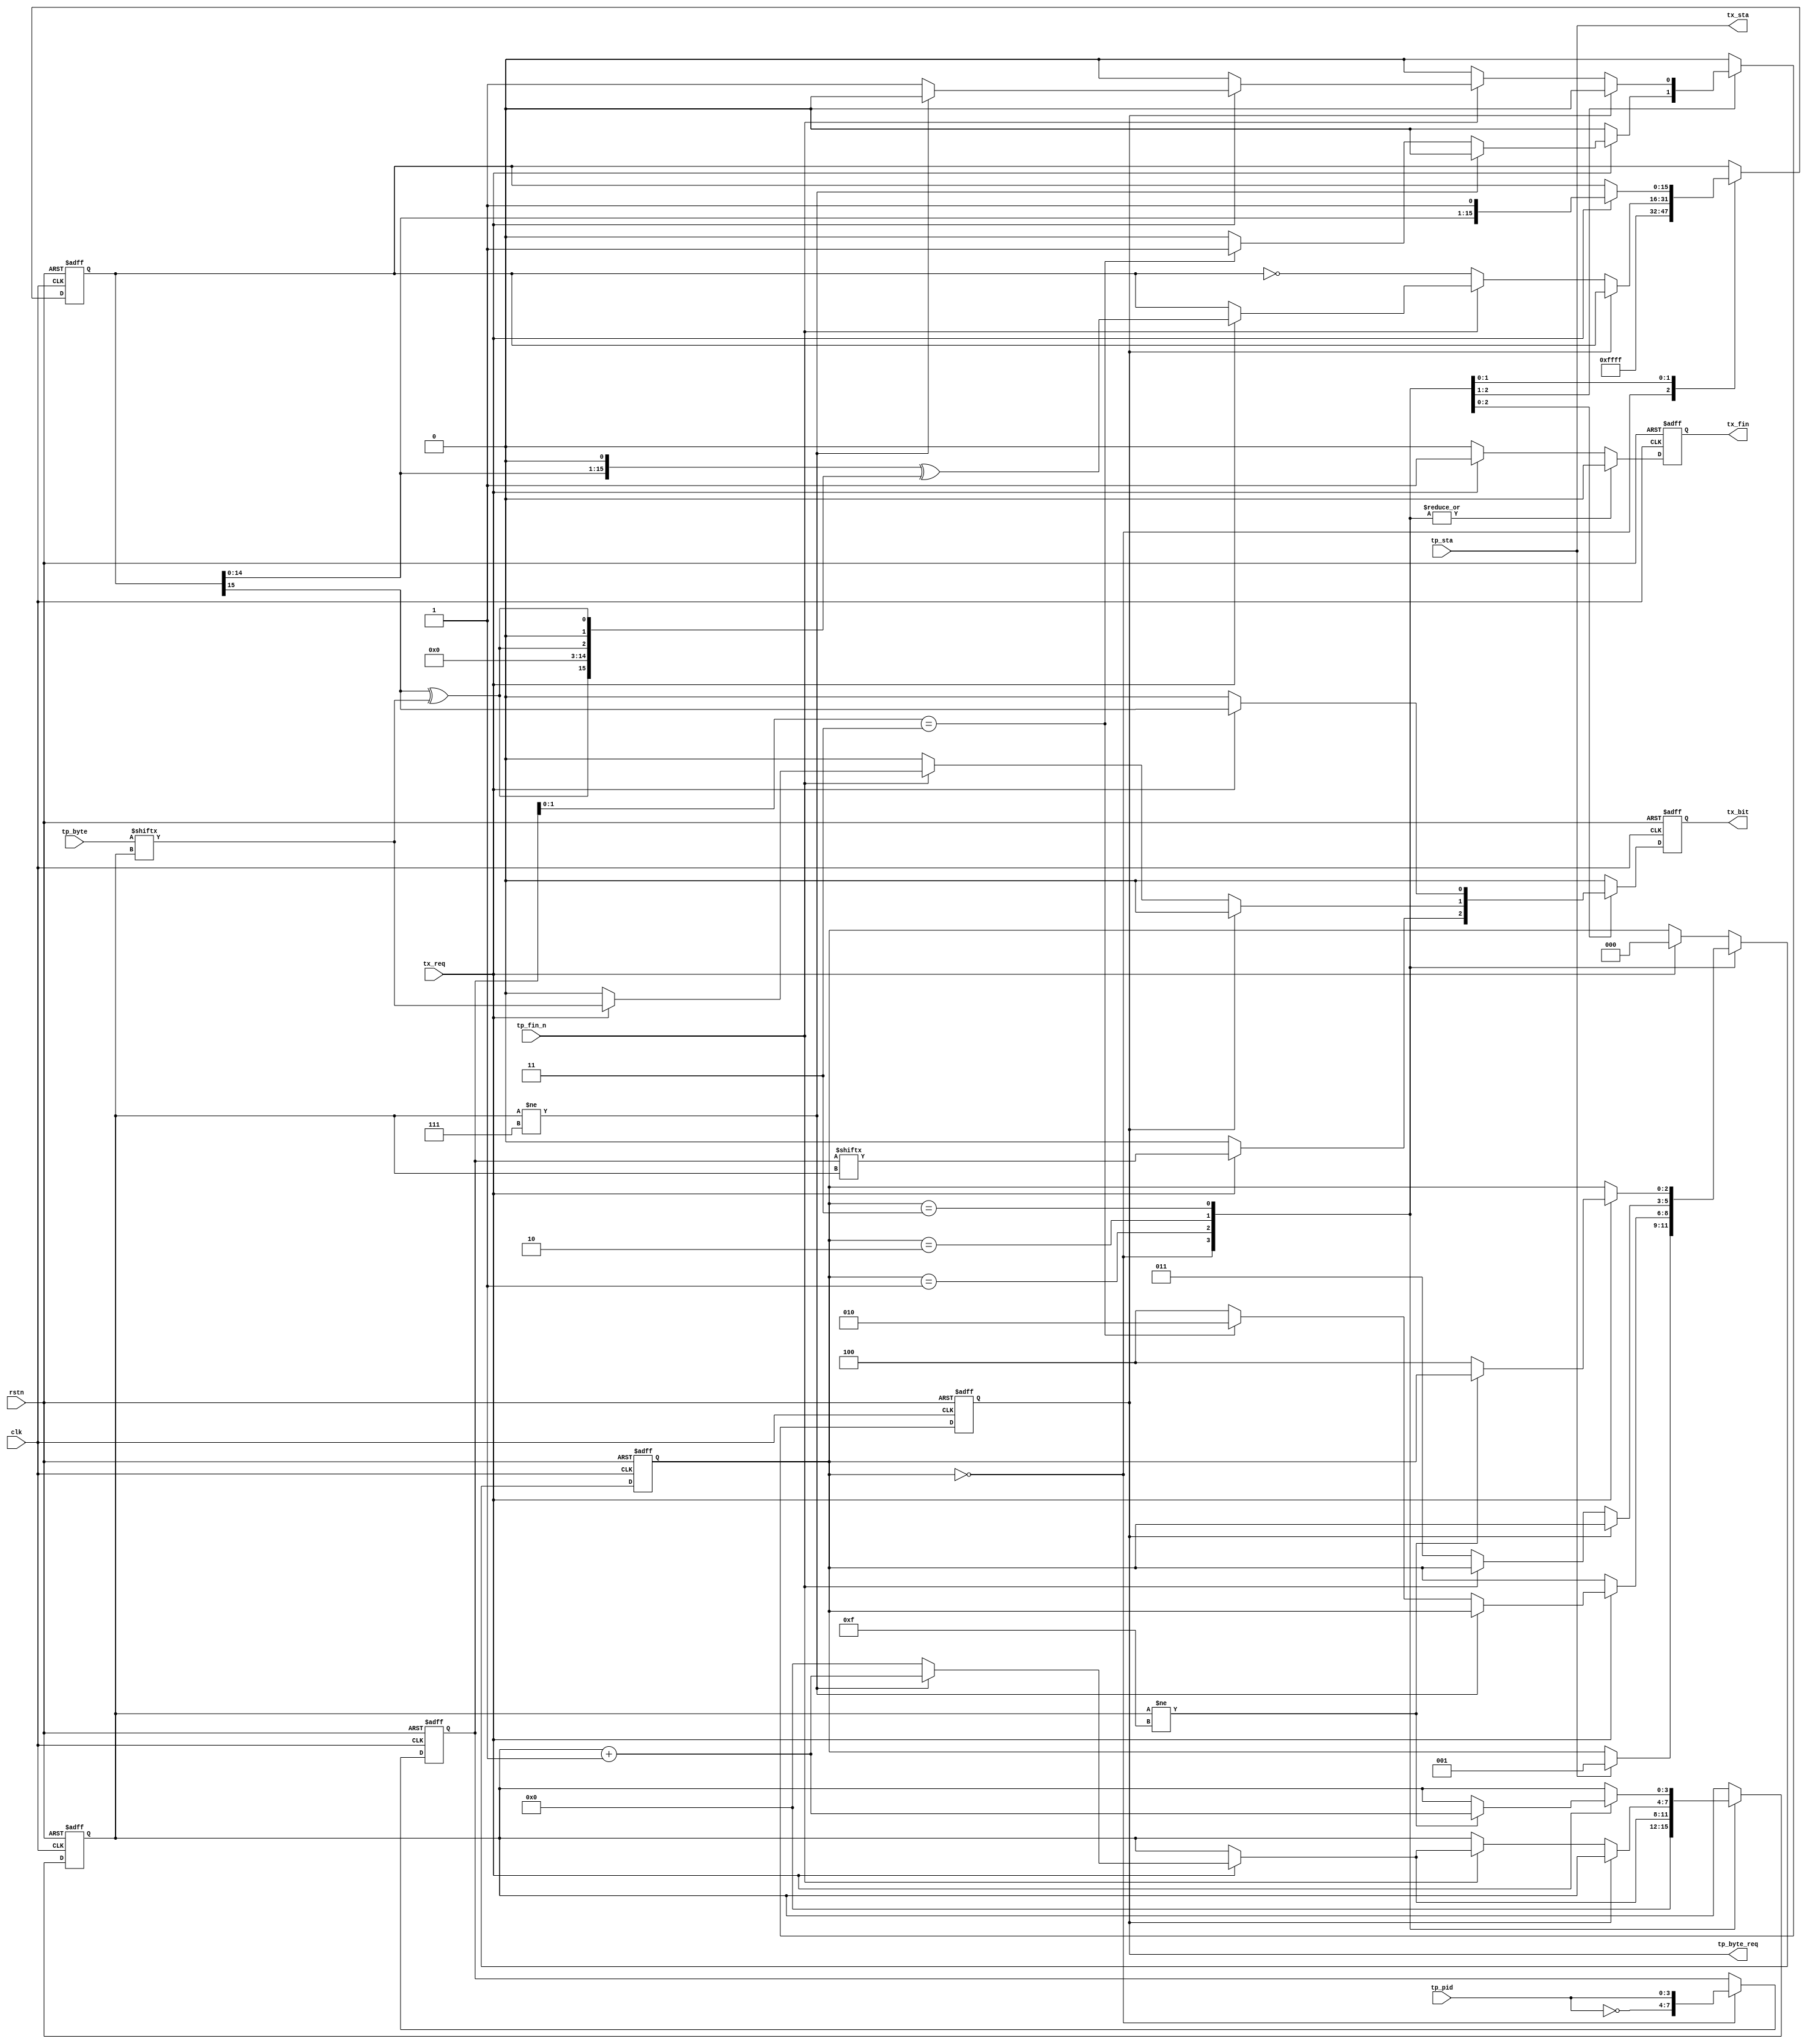
// This program was cloned from: https://github.com/WangXuan95/FPGA-USB-Device
// License: GNU General Public License v3.0


//--------------------------------------------------------------------------------------------------------
// Module  : usbfs_packet_tx
// Type    : synthesizable, IP's sub module
// Standard: Verilog 2001 (IEEE1364-2001)
// Function: USB Full Speed (12Mbps) device packet sender
//           pack PID, ADDR, data bytes, and CRC5 or CRC16 to TX packet
//--------------------------------------------------------------------------------------------------------

module usbfs_packet_tx (
    input  wire        rstn,
    input  wire        clk,
    // TX packet-level interface (device NEVER send token and special packet)
    input  wire        tp_sta,
    input  wire [ 3:0] tp_pid,         // must valid when and after tp_sta=1
    output reg         tp_byte_req,    // send byte request
    input  wire [ 7:0] tp_byte,        // must be valid at the cycle after tp_byte_req=1
    input  wire        tp_fin_n,
    // TX bit-level signals
    output wire        tx_sta,
    input  wire        tx_req,
    output reg         tx_bit,
    output reg         tx_fin
);



initial tp_byte_req = 1'b0;
initial tx_bit      = 1'b0;
initial tx_fin      = 1'b0;


function  [15:0] CRC16;
    input [15:0] crc;
    input        inbit;
    reg          xorbit;
begin
    xorbit = crc[15] ^ inbit;
    CRC16  = {crc[14:0],1'b0} ^ {xorbit,12'b0,xorbit,1'b0,xorbit};
end
endfunction


reg [ 7:0] pid = 8'h0;
reg [ 3:0] cnt = 4'h0;
reg [15:0] crc16 = 16'hFFFF;

localparam [2:0] S_IDLE   = 3'd0,
                 S_TXPID  = 3'd1,
                 S_TXDATA = 3'd2,
                 S_TXCRC  = 3'd3,
                 S_TXFIN  = 3'd4;
reg [2:0] state = S_IDLE;

assign tx_sta = tp_sta;

always @ (posedge clk or negedge rstn)
    if (~rstn) begin
        tp_byte_req <= 1'b0;
        tx_bit      <= 1'b0;
        tx_fin      <= 1'b0;
        pid   <= 8'h0;
        cnt   <= 4'h0;
        crc16 <= 16'hFFFF;
        state <= S_IDLE;
    end else begin
        tp_byte_req <= 1'b0;
        tx_bit      <= 1'b0;
        tx_fin      <= 1'b0;
        
        case (state)
            S_IDLE   : begin
                pid   <= {~tp_pid, tp_pid};
                cnt   <= 4'h0;
                crc16 <= 16'hFFFF;
                if (tp_sta)
                    state <= S_TXPID;
            end
            
            S_TXPID  : 
                if (tx_req) begin
                    tx_bit <= pid[cnt];
                    if (cnt != 4'd7) begin
                        cnt <= cnt + 4'd1;
                    end else begin
                        cnt <= 4'h0;
                        if (pid[1:0] == 2'b11) begin
                            tp_byte_req <= 1'b1;
                            state <= S_TXDATA;
                        end else
                            state <= S_TXFIN;
                    end
                end
            
            S_TXDATA :
                if (tp_byte_req) begin
                end else if (~tp_fin_n) begin
                    crc16 <= ~crc16;
                    state <= S_TXCRC;
                end else if (tx_req) begin
                    crc16 <= CRC16(crc16, tp_byte[cnt]);
                    tx_bit <= tp_byte[cnt];
                    if (cnt != 4'd7) begin
                        cnt <= cnt + 4'd1;
                    end else begin
                        cnt <= 4'h0;
                        tp_byte_req <= 1'b1;
                    end
                end
            
            S_TXCRC  :
                if (tx_req) begin
                    {tx_bit, crc16} <= {crc16, 1'b1};
                    if (cnt != 4'd15)
                        cnt <= cnt + 4'd1;
                    else
                        state <= S_TXFIN;
                end
            
            default  : //S_TXFIN  :
                if (tx_req) begin
                    tx_fin <= 1'b1;
                    state <= S_IDLE;
                end
        endcase
    end

endmodule